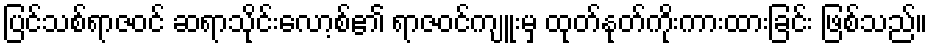
ပြင်သစ်ရာဇဝင် ဆရာသိုင်းလော့စ်၏ ရာဇဝင်ကျူးမှ ထုတ်နုတ်ကိုးကားထားခြင်း ဖြစ်သည်။